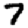
Digit: 7